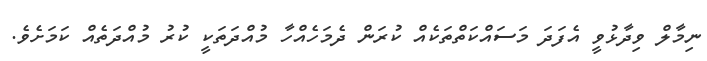
ނިމާލް ވިދާޅުވީ އެފަދަ މަސައްކަތްތަކެއް ކުރަން ދެމަހެއްހާ މުއްދަތަކީ ކުރު މުއްދަތެއް ކަމަށެވެ.